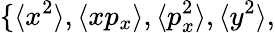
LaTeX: \{ \langle x^{2}\rangle,\langle xp_{x}\rangle,\langle p_{x}^{2}\rangle,\langle y^{2}\rangle,